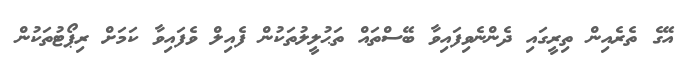
އޭގެ ތެރެއިން ތިރީގައި ދެންނެވިފައިވާ ބޭސްތައް ތަޙުލީލުތަކުން ފެއިލް ވެފައިވާ ކަމަށް ރިޕޯޓުތަކުން